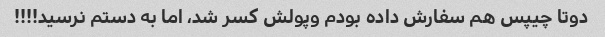
دوتا چیپس هم سفارش داده بودم وپولش کسر شد، اما به دستم نرسید!!!!